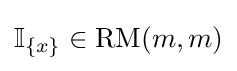
\mathbb {I} _{\{x\}}\in \mathrm {RM} (m,m)